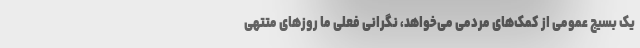
یک بسیج عمومی از کمک‌های مردمی می‌خواهد، نگرانی فعلی ما روزهای متتهی